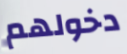
دخولهم